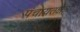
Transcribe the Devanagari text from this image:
पंचायतक्षेत्रों